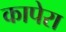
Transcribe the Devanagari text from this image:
कापेरा